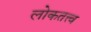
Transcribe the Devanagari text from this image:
लोकतत्त्व